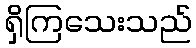
ရှိကြသေးသည်